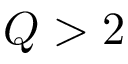
Q > 2